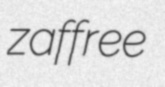
zaffree